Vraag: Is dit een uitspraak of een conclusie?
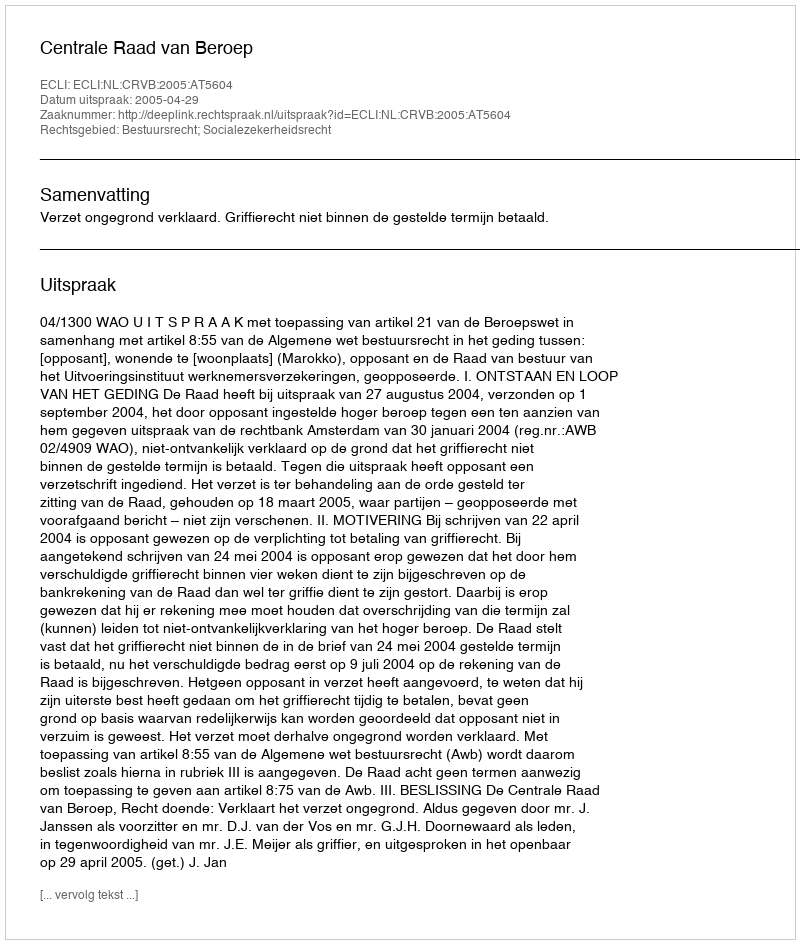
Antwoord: Uitspraak